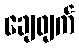
ချေဖျက်